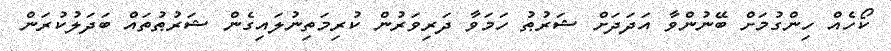
ކޯހެއް ހިންގުމަށް ބޭނުންވާ އަދަދަށް ޝަރުޠު ހަމަވާ ދަރިވަރުން ކުރިމަތިނުލައިގެން ޝަރުޠުތައް ބަދަލުކުރަން